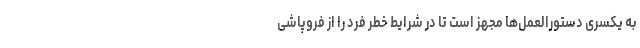
به یکسری دستورالعمل‌ها مجهز است تا در شرایط خطر فرد را از فروپاشی